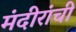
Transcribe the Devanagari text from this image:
मंदीरांची